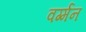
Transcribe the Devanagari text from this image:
वर्ग्मन